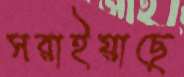
সরাইয়াছে